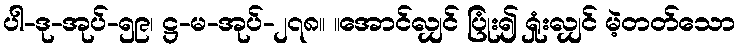
ပါ-ဒု-အုပ်-၅၉၊ ဋ္ဌ-မ-အုပ်-၂၇၈။ ။အောင်လျှင် ပြုံး၍ ရှုံးလျှင် မဲ့တတ်သော